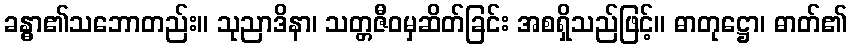
ခန္ဓာ၏သဘောတည်း။ သုညာဒိနာ၊ သတ္တဇီဝမှဆိတ်ခြင်း အစရှိသည်ဖြင့်။ ဓာတုဋ္ဌော၊ ဓာတ်၏